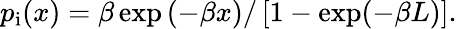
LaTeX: \begin{array}{r}{p_{\mathrm{i}}(x)=\beta\exp\left(-\beta x\right)/\left[1-\exp(-\beta L)\right].}\end{array}